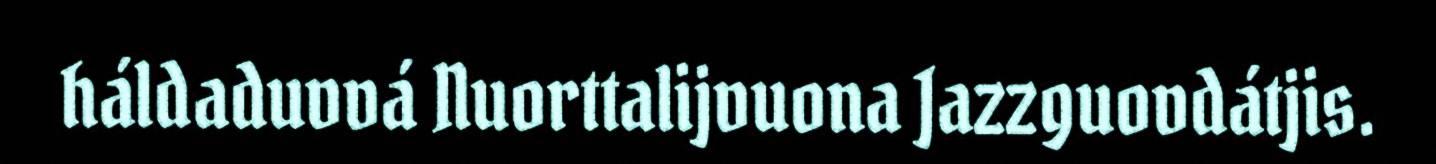
háldaduvvá Nuorttalijvuona Jazzguovdátjis.